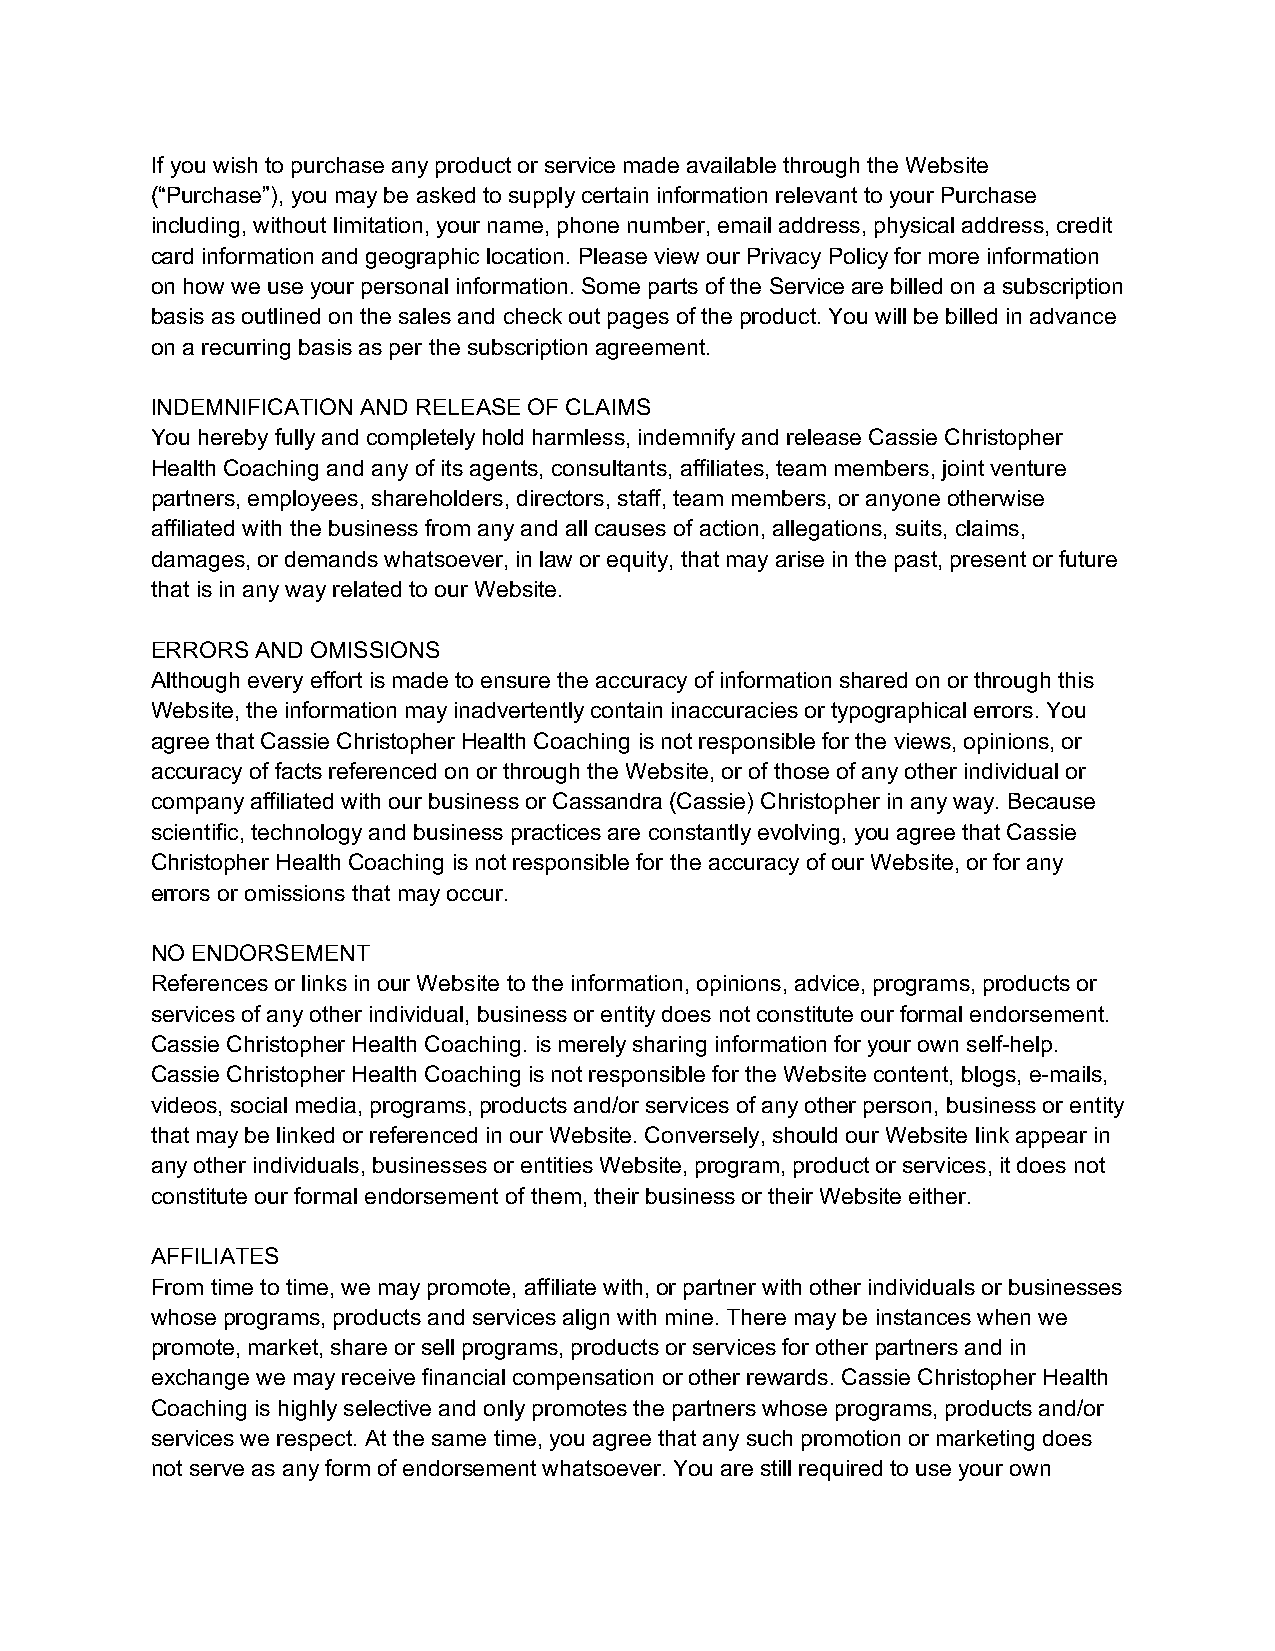
If you wish to purchase any product or service made available through the Website
 (“Purchase”), you may be asked to supply certain information relevant to your Purchase
 including, without limitation, your name, phone number, email address, physical address, credit
 card information and geographic location. Please view our Privacy Policy for more information
 on how we use your personal information. Some parts of the Service are billed on a subscription
 basis as outlined on the sales and check out pages of the product. You will be billed in advance
 on a recurring basis as per the subscription agreement.
 INDEMNIFICATION AND RELEASE OF CLAIMS
 You hereby fully and completely hold harmless, indemnify and release Cassie Christopher
 Health Coaching and any of its agents, consultants, affiliates, team members, joint venture
 partners, employees, shareholders, directors, staff, team members, or anyone otherwise
 affiliated with the business from any and all causes of action, allegations, suits, claims,
 damages, or demands whatsoever, in law or equity, that may arise in the past, present or future
 that is in any way related to our Website.
 ERRORS AND OMISSIONS
 Although every effort is made to ensure the accuracy of information shared on or through this
 Website, the information may inadvertently contain inaccuracies or typographical errors. You
 agree that Cassie Christopher Health Coaching is not responsible for the views, opinions, or
 accuracy of facts referenced on or through the Website, or of those of any other individual or
 company affiliated with our business or Cassandra (Cassie) Christopher in any way. Because
 scientific, technology and business practices are constantly evolving, you agree that Cassie
 Christopher Health Coaching is not responsible for the accuracy of our Website, or for any
 errors or omissions that may occur.
 NO ENDORSEMENT
 References or links in our Website to the information, opinions, advice, programs, products or
 services of any other individual, business or entity does not constitute our formal endorsement.
 Cassie Christopher Health Coaching. is merely sharing information for your own self-help.
 Cassie Christopher Health Coaching is not responsible for the Website content, blogs, e-mails,
 videos, social media, programs, products and/or services of any other person, business or entity
 that may be linked or referenced in our Website. Conversely, should our Website link appear in
 any other individuals, businesses or entities Website, program, product or services, it does not
 constitute our formal endorsement of them, their business or their Website either.
 AFFILIATES
 From time to time, we may promote, affiliate with, or partner with other individuals or businesses
 whose programs, products and services align with mine. There may be instances when we
 promote, market, share or sell programs, products or services for other partners and in
 exchange we may receive financial compensation or other rewards. Cassie Christopher Health
 Coaching is highly selective and only promotes the partners whose programs, products and/or
 services we respect. At the same time, you agree that any such promotion or marketing does
 not serve as any form of endorsement whatsoever. You are still required to use your own